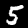
Digit: 5